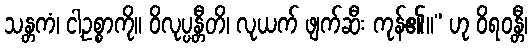
သန္တကံ၊ ငါ့ဥစ္စာကို။ ဝိလုပ္ပန္တီတိ၊ လုယက် ဖျက်ဆီး ကုန်၏။” ဟု ဝိရဝန္တီ၊